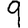
Digit: 9